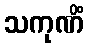
သကုဏိံ